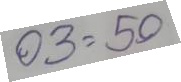
03 = 50